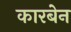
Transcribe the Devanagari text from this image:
कारबेन